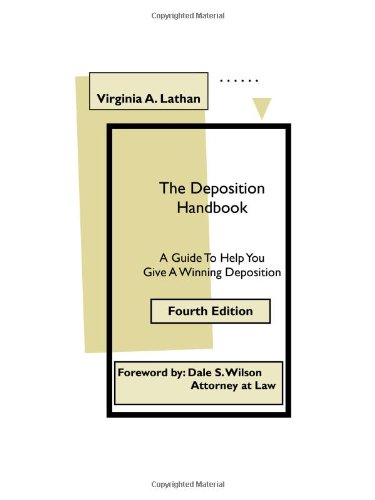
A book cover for The Deposition Handbook: A Guide To Help You Give A Winning Deposition; Virginia A. Lathan; Law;